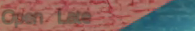
Open Late